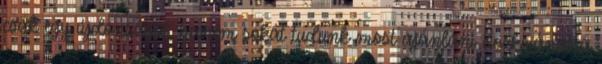
csak egy újdonságot, hanem sokat tudunk most ajánlani Közkívánatra